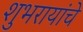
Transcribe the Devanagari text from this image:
शुभरायांचे